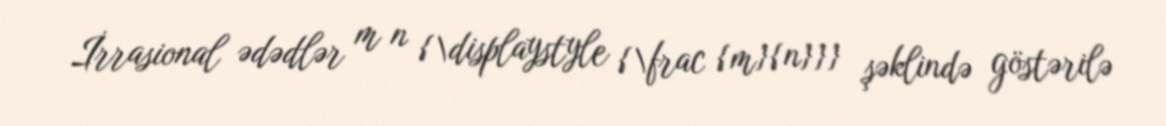
İrrasional ədədlər m n {\displaystyle {\frac {m}{n}}} şəklində göstərilə